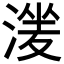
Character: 𣹶